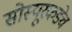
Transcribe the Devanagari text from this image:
सोस्यूरकडेच